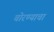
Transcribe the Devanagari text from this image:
चोरण्याचा